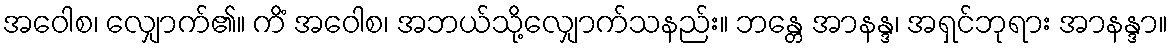
အဝေါစ၊ လျှောက်၏။ ကိံ အဝေါစ၊ အဘယ်သို့လျှောက်သနည်း။ ဘန္တေ အာနန္ဒ၊ အရှင်ဘုရား အာနန္ဒာ။